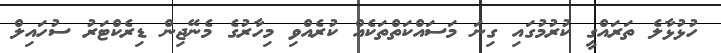
ހުޅުޅާލެ ތަރައްގީ ކުރުމުގައި ގިނަ މަސައްކަތްތަކެއް ކުރެއްވި މިހާރުގެ މެނޭޖިން ޑިރެކްޓަރު ސުހައިލް